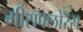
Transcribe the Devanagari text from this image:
मीराफ्लोरेस